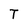
Character: T